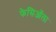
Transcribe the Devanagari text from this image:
फेसिऑला